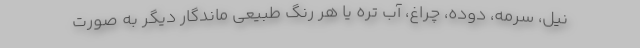
نیل، سرمه، دوده، چراغ، آب تره یا هر رنگ طبیعی ماندگار دیگر به صورت